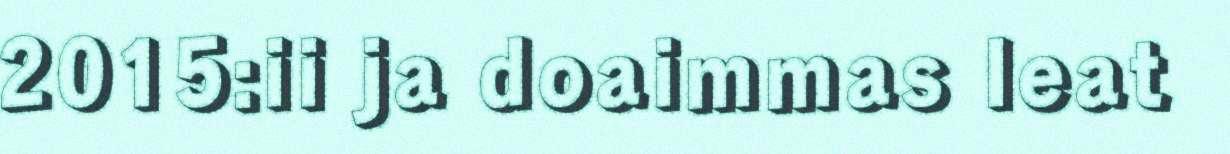
2015:ii ja doaimmas leat